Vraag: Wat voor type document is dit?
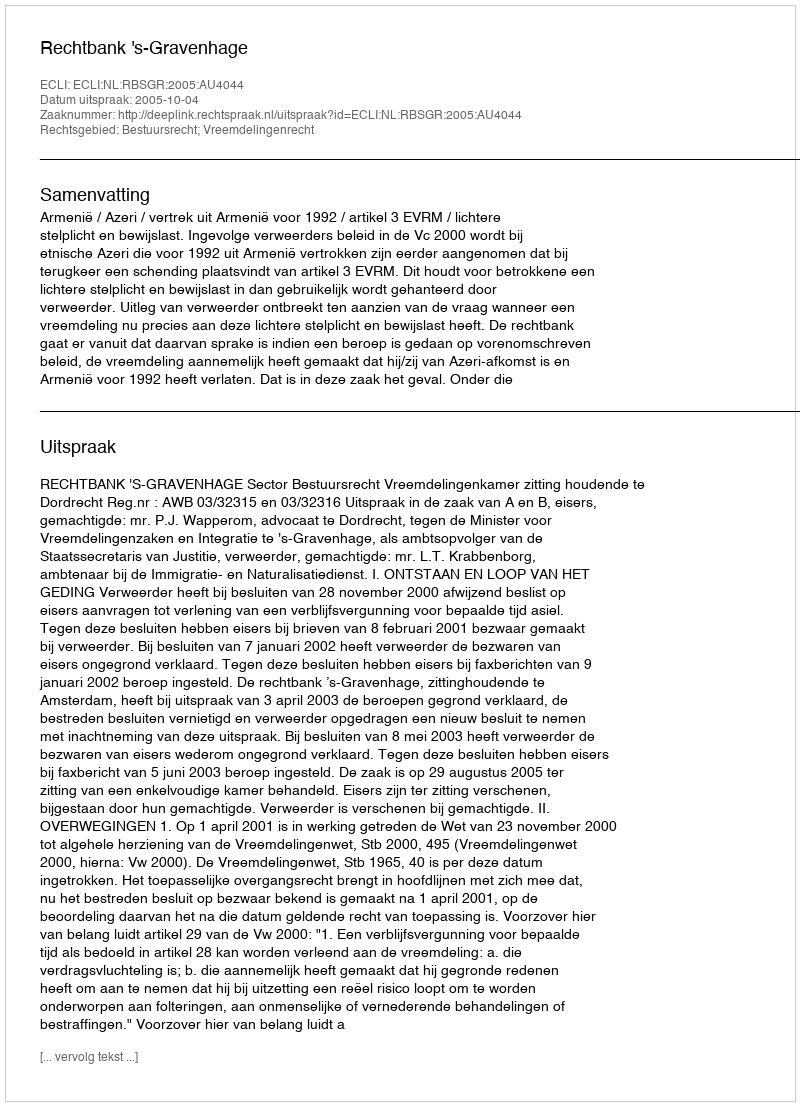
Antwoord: Uitspraak